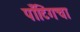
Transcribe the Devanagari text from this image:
पाँटिंगचा